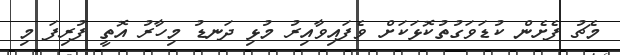
މެޗު ފެށެން ކުޑަވަގުތުކޮޅަކަށް ވެފައިވާއިރު މުޅި ދަނޑު މިހާރު އޮތީ ފުރިފަ މި